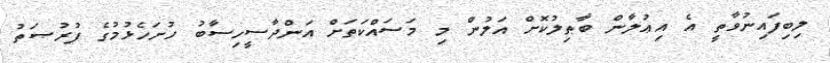
ލިބިފައިނުވާތީ އެ އިޢުލާން ބާޠިލުކޮށް އަލުން މި މަސައްކަތަށް އަންދާސީހިސާބު ހުށަހެޅުމުގެ ފުރުޞަތު